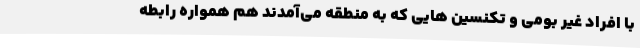
با افراد غیر بومی و تکنسین‌ هایی که به منطقه می‌آمدند هم همواره رابطه